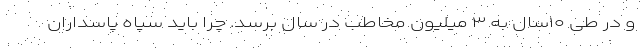
و در طی ۱۰سال به ۳ میلیون مخاطب در سال برسد. چرا باید سپاه پاسداران